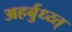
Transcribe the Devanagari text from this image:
अहर्बुध्य्त्